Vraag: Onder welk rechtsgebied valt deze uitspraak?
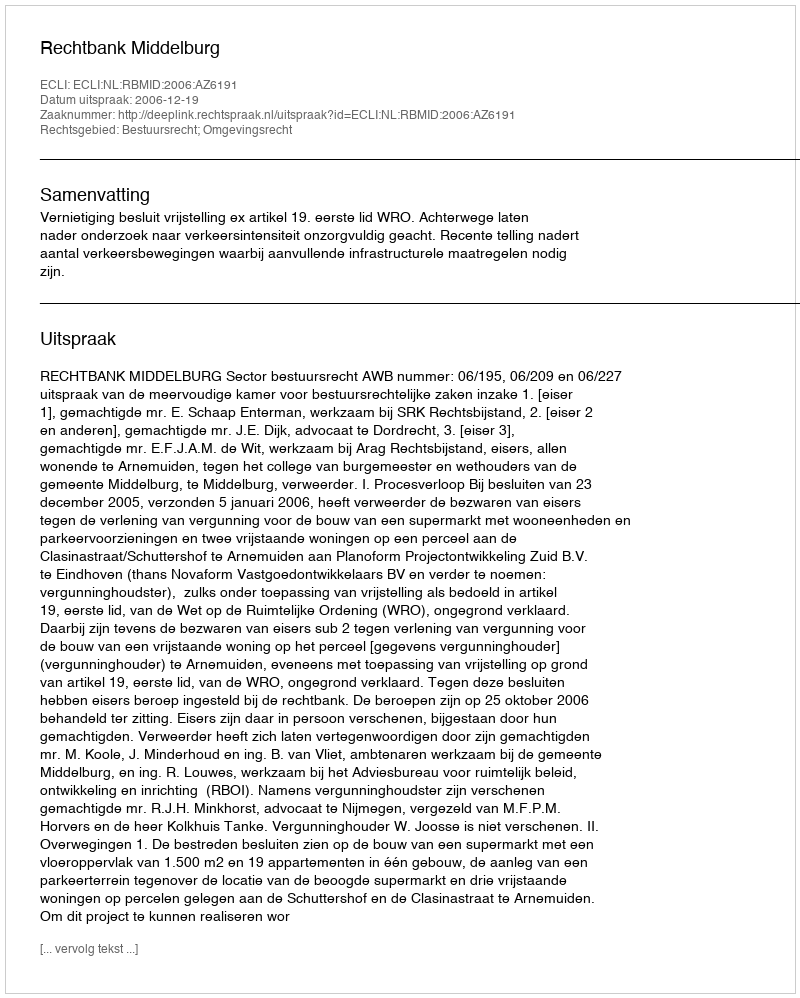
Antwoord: Bestuursrecht; Omgevingsrecht